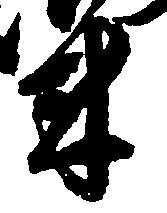
米